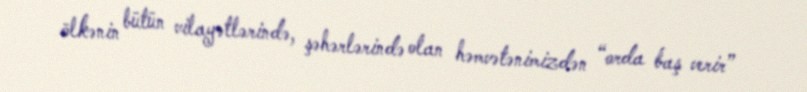
ölkənin bütün vilayətlərində, şəhərlərində olan həmvətənimizdən “orda baş verir”